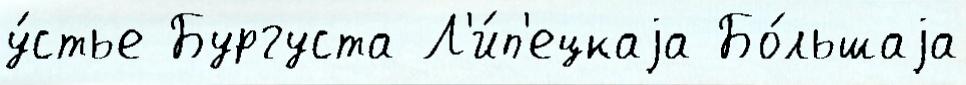
у́стье Бургуста Л'и́п'ецкаjа Бо́льшаjа